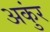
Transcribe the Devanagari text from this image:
अकुंर